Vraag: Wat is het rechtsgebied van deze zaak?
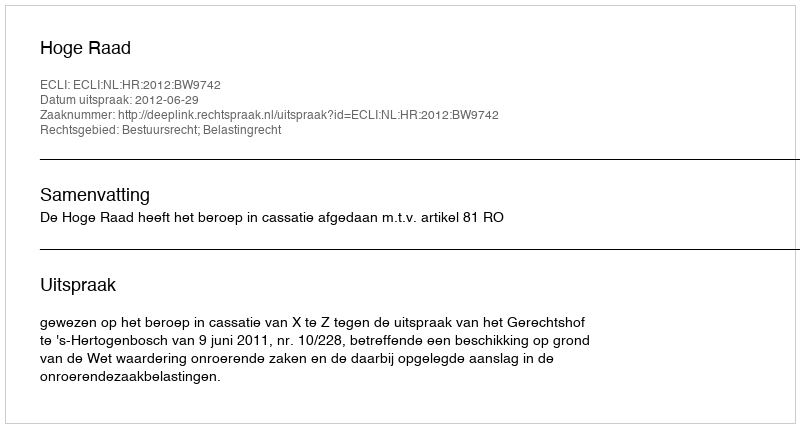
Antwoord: Bestuursrecht; Belastingrecht